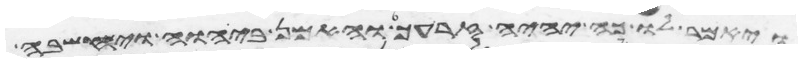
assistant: ויאמר לו כה יהיה זרעך והאמן ביהוה ויחשבה